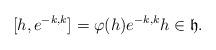
LaTeX: \begin{align*} [h,e^{-k,k}]=\varphi(h)e^{-k,k} h\in \mathfrak{h}.\end{align*}